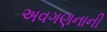
અવગણનાની